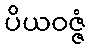
ပိယဝဇ္ဇံ